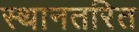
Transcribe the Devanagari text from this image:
स्थानतरित